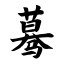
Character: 蓦